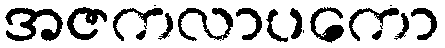
အဇကလာပကော